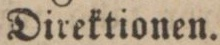
Direktionen.